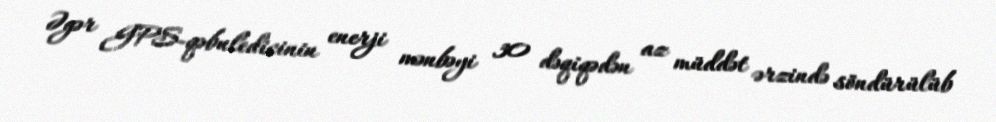
Əgər GPS-qəbuledicinin enerji mənbəyi 30 dəqiqədən az müddət ərzində söndürülüb